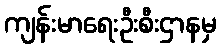
ကျန်းမာရေးဦးစီးဌာနမှ